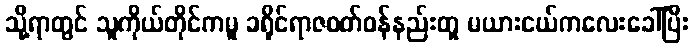
သို့ရာတွင် သူကိုယ်တိုင်ကမူ ခရိုင်ရာဇဝတ်ဝန်နည်းတူ မယားငယ်ကလေးခေါ်ပြီး